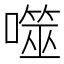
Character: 噬